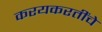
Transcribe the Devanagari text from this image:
करयकरतींचे